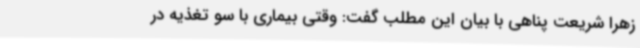
زهرا شریعت پناهی با بیان این مطلب گفت: وقتی بیماری با سو تغذیه در